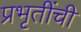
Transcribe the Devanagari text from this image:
प्रभृतींची